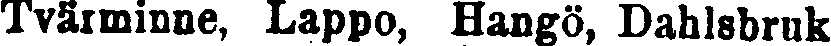
Tvärminne, Lappo, Hangö, Dahlsbruk